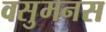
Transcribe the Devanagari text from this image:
वसुमनस